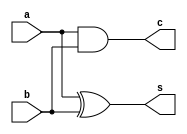
`timescale 1ns/1ps

// `include "half_adder.v"
// `default_nettype none
module half_adder  (
    s,c,a,b 
);
output s,c;
input a,b;
xor x1(s,a,b);
and a1(c,a,b);
endmodule


module tb_half_adder;

reg a,b;
wire s,c;

//instantiation of lower level module 
half_adder dut(.s(s),.c(c),.a(a),.b(b));


initial begin
    $dumpfile("tb_half_adder.vcd");
    $dumpvars(0, tb_half_adder);
end



initial begin
    a=0;b=0;
    #10
    b = 0; b = 1;
    #10
    a = 1; b = 0;
    #10
    b = 1; b = 1;
    #10
$finish();
end

endmodule
// `default_nettype wire